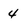
Character: 4